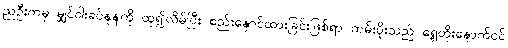
ညဦးကမှ မျှင်ဝါးခပ်နုနုကို ထု၍လိမ်ပြီး စည်းနှောင်ထားခြင်းဖြစ်ရာ ထမ်းပိုးသည် ရှေ့တိုးနောက်ငင်